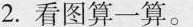
2.看图算一算。